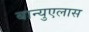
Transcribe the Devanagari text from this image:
बान्युएलास